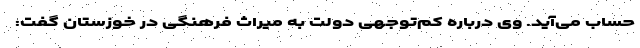
حساب می‌آید. وی درباره کم‌توجهی دولت به میراث فرهنگی در خوزستان گفت: